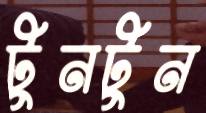
টুনটুন